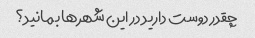
چقدر دوست دارید در این شهرها بمانید؟